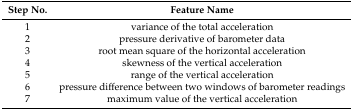
<table><thead><tr><td><b>Step No.</b></td><td><b>Feature Name</b></td></tr></thead><tbody><tr><td>1</td><td>variance of the total acceleration</td></tr><tr><td>2</td><td>pressure derivative of barometer data</td></tr><tr><td>3</td><td>root mean square of the horizontal acceleration</td></tr><tr><td>4</td><td>skewness of the vertical acceleration</td></tr><tr><td>5</td><td>range of the vertical acceleration</td></tr><tr><td>6</td><td>pressure difference between two windows of barometer readings</td></tr><tr><td>7</td><td>maximum value of the vertical acceleration</td></tr></tbody></table>